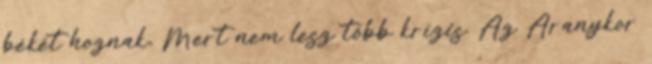
békét hoznak, Mert nem lesz több krízis. Az Aranykor